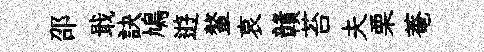
邵戢訣鳩逰鳌哀贛苔夫栗菴